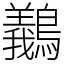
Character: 䴊